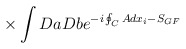
\begin{align*}{}~~~~~\times \int DaDb e^{- i \oint_{C} Adx_i - S_{GF}}\end{align*}